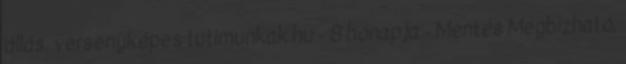
állás, versenyképes tutimunkak.hu - 8 hónapja - Mentés Megbízható,